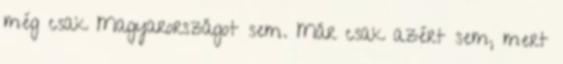
még csak Magyarországot sem. Már csak azért sem, mert